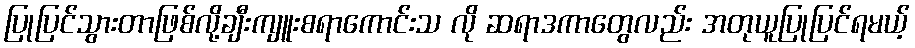
ပြုပြင်သွားတာဖြစ်လို့ချီးကျူးစရာကောင်းသ လို ဆရာဒကာတွေလည်း အတုယူပြုပြင်ရမယ့်